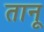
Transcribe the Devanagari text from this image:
तानू